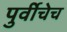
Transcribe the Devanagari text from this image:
पुर्वीचेच